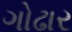
ગોઢાર